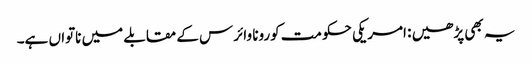
یہ بھی پڑھیں : امریکی حکومت کورونا وائرس کے مقابلے میں ناتواں ہے۔